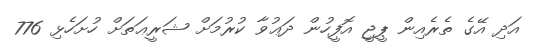
އަދި އޭގެ ތެރެއިން ޕީޖީ އޮފީހުން ދަޢުވާ ކުރުމަށް ޝަރީޢަތަށް ހުށަހެޅި 776